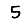
Digit: 5